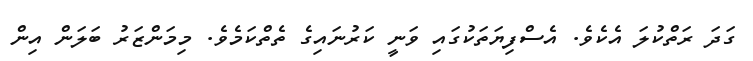
ގަދަ ރަތްކުލަ އެކެވެ. އެސްފިޔަތަކުގައި ވަނީ ކަރުނައިގެ ތެތްކަމެވެ. މިމަންޒަރު ބަލަން އިން